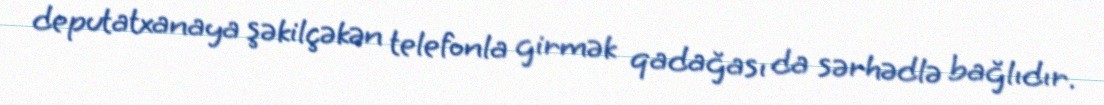
deputatxanaya şəkilçəkən telefonla girmək qadağası da sərhədlə bağlıdır.